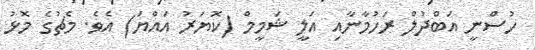
ހުސްނީ އަބްދުލް ރަހުމާނާއި އަލީ ޝަމީމް (ކޮޔަރު އައްޔަ) އެވެ. މެޗުގެ މޮޅު